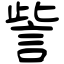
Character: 訾